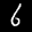
Label: 6